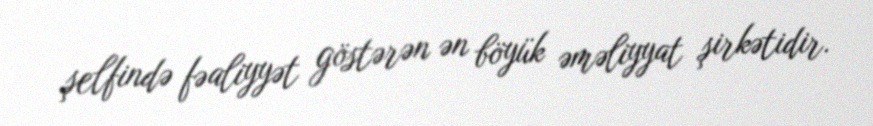
şelfində fəaliyyət göstərən ən böyük əməliyyat şirkətidir.